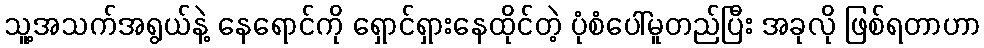
သူ့အသက်အရွယ်နဲ့ နေရောင်ကို ရှောင်ရှားနေထိုင်တဲ့ ပုံစံပေါ်မူတည်ပြီး အခုလို ဖြစ်ရတာဟာ